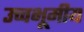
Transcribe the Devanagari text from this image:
उच्चभूमीय